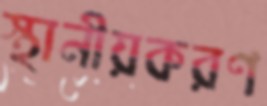
স্থানীয়করণ